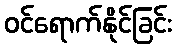
ဝင်ရောက်နိုင်ခြင်း